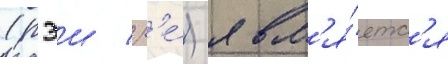
(рэи / р'е́) явл'я́етс'я